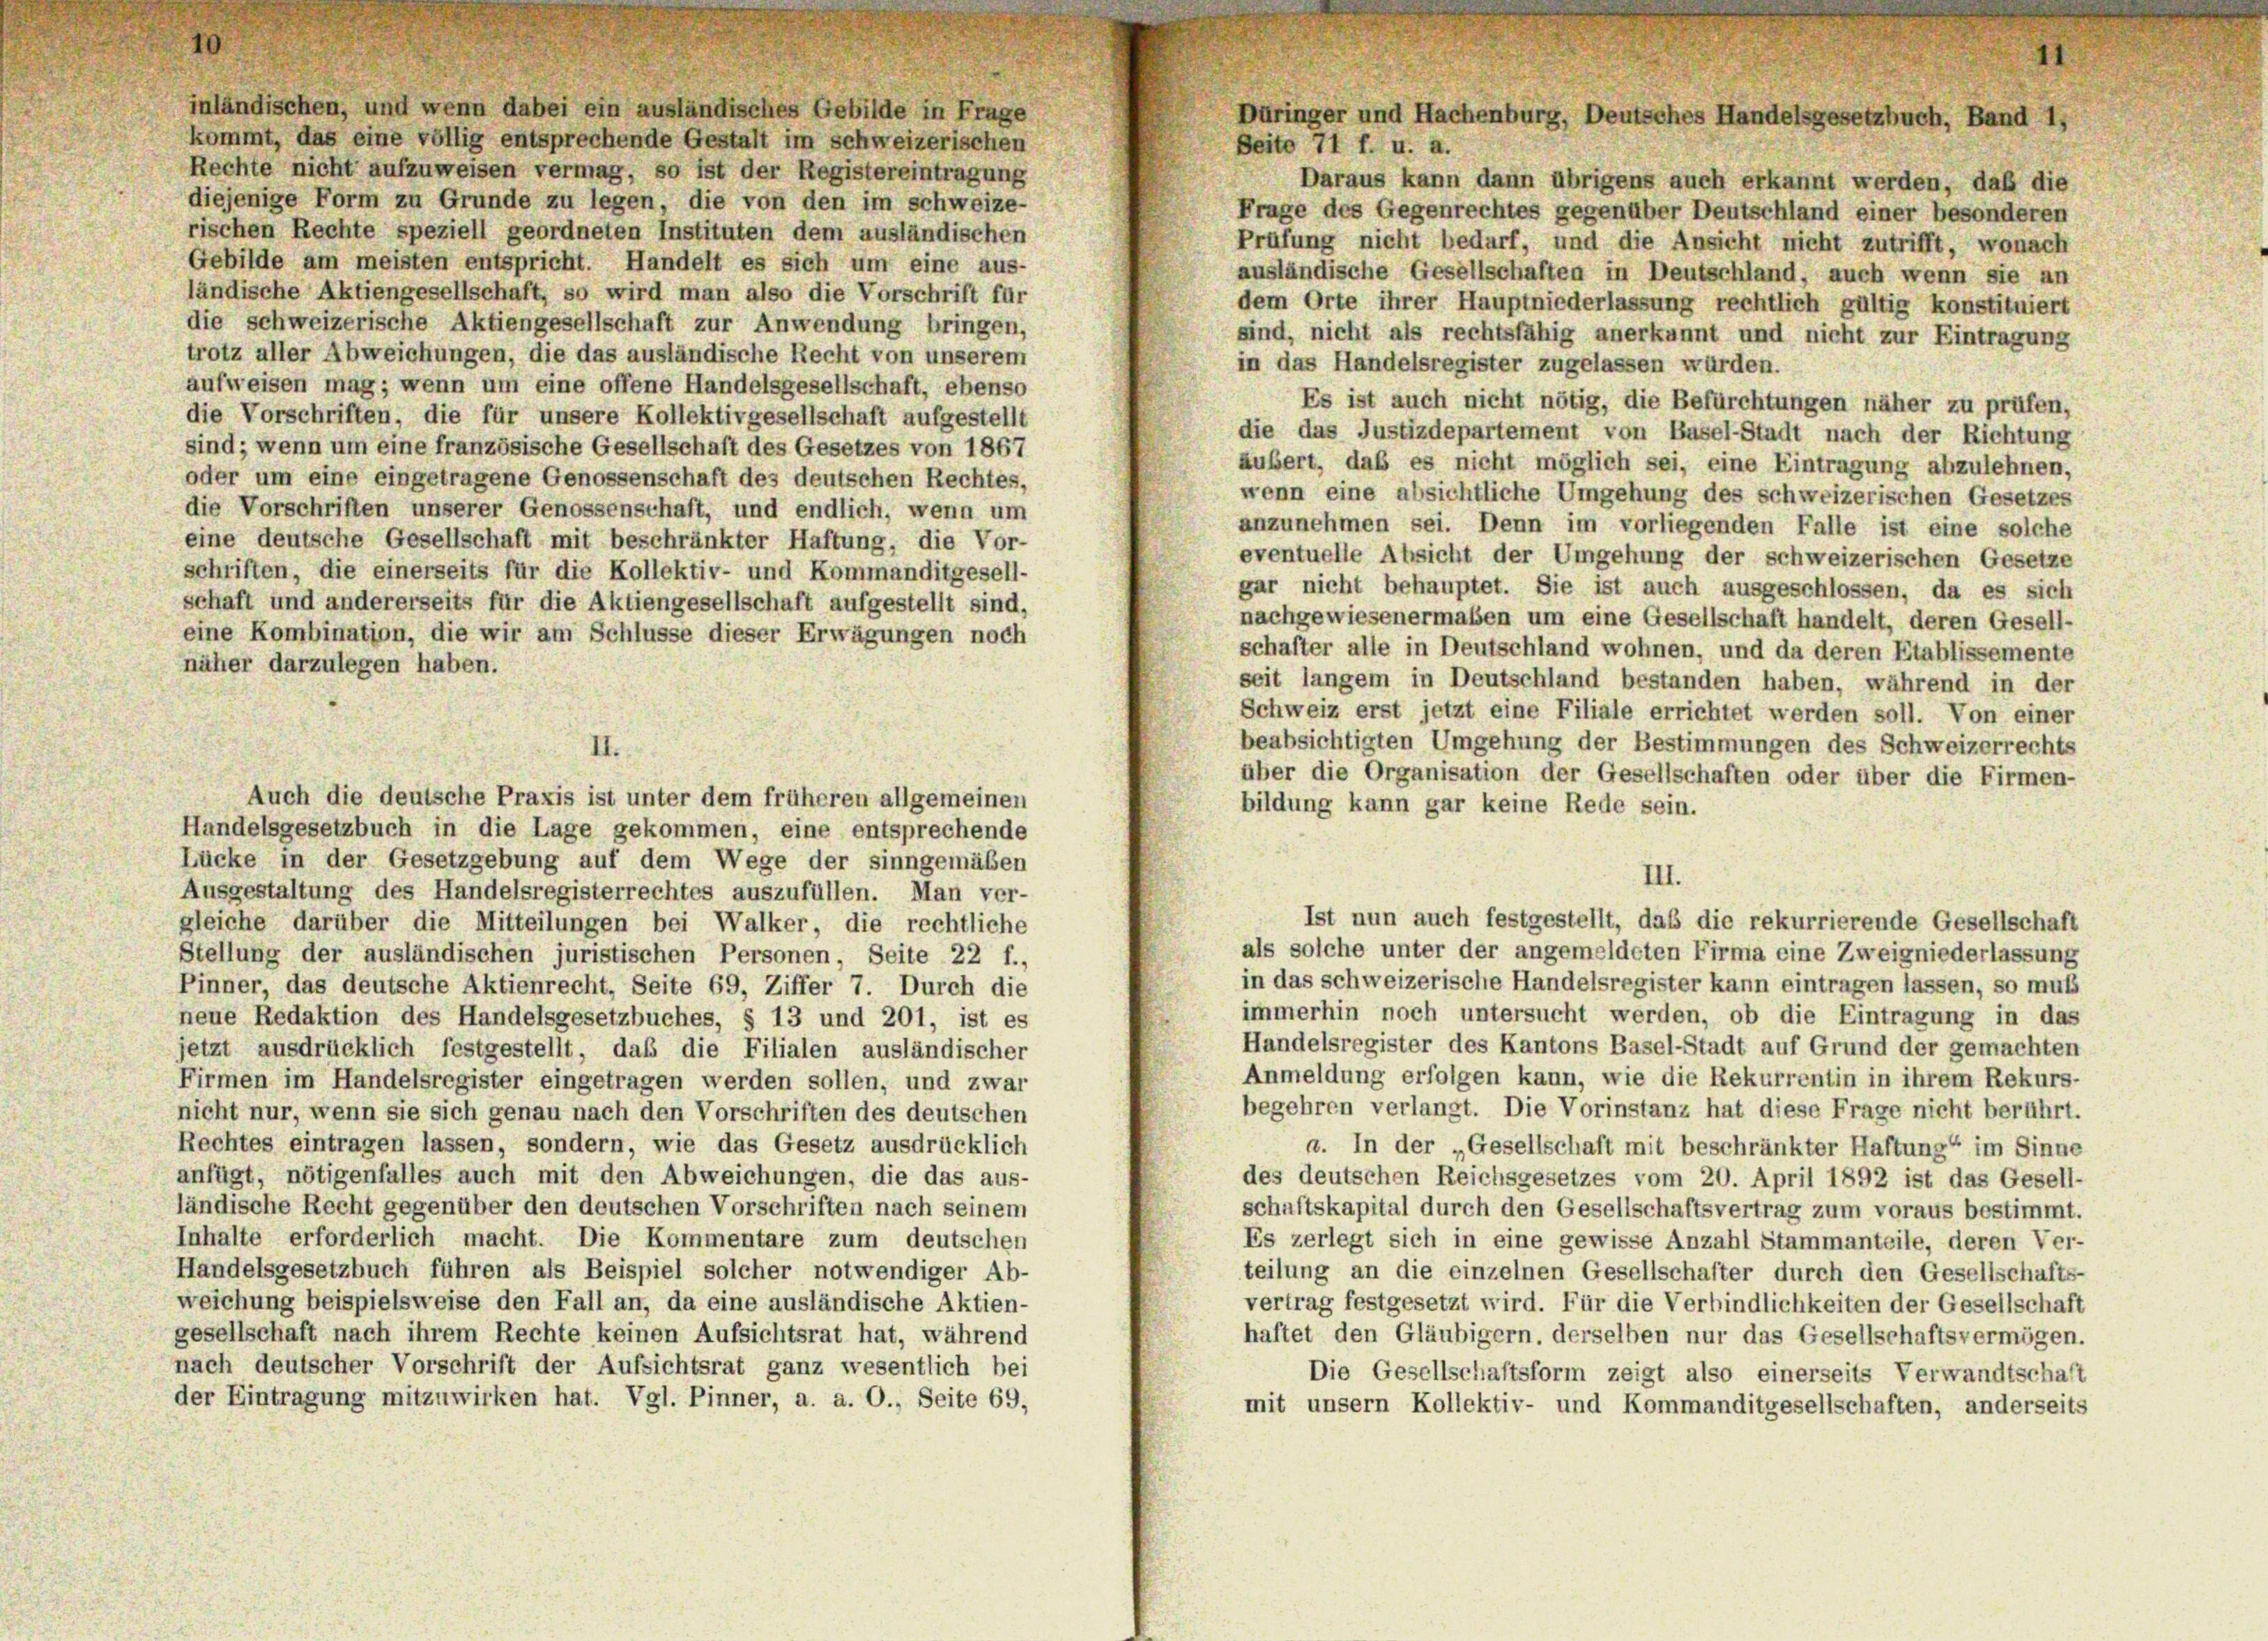
inländischen, und wenn dabei ein ausländisches Gebilde in Frage
kommt, das eine völlig entsprechende Gestalt im schweizerischen
Rechte nicht aufzuweisen vermag, so ist der Registereintragung
Daraus kann dann übrigens auch erkannt werden, daß die
diejenige Form zu Grunde zu legen, die von den im schweize-
Frage des Gegenrechtes gegenüber Deutschland einer besonderen
rischen Rechte speziell geordneten Instituten dem ausländischen
Prüfung nicht bedarf, und die Ansicht nicht zutrifft, wonach
Gebilde am meisten entspricht. Handelt es sich um eine aus-
ausländische Gesellschaften in Deutschland, auch wenn sie an
ländische Aktiengesellschaft, so wird man also die Vorschrift für
dem Orte ihrer Hauptniederlassung rechtlich gültig konstituiert
die schweizerische Aktiengesellschaft zur Anwendung bringen,
sind, nicht als rechtsfähig anerkannt und nicht zur Eintragung
trotz aller Abweichungen, die das ausländische Recht von unserem
in das Handelsregister zugelassen würden.
aufweisen mag; wenn um eine offene Handelsgesellschaft, ebenso
Es ist auch nicht nötig, die Befürchtungen näher zu prüfen,
die Vorschriften, die für unsere Kollektivgesellschaft aufgestellt
die das Justizdepartement von Basel-Stadt nach der Richtung
sind; wenn um eine französische Gesellschaft des Gesetzes von 1867
äubert, daß es nicht möglich sei, eine Eintragung abzulehnen,
oder um eine eingetragene Genossenschaft des deutschen Rechtes,
wenn eine absichtliche Umgehung des schweizerischen Gesetzes
die Vorschriften unserer Genossenschaft, und endlich, wenn um
anzunehmen sei. Denn im vorliegenden Falle ist eine solche
eine deutsche Gesellschaft mit beschränkter Haftung, die Vor-
eventuelle Absicht der Umgehung der schweizerischen Gesetze
schriften, die einerseits für die Kollektiv- und Kommanditgesell-
gar nicht behauptet. Sie ist auch ausgeschlossen, da es sich
schaft und andererseits für die Aktiengesellschaft aufgestellt sind,
nachgewiesenermaßen um eine Gesellschaft handelt, deren Gesell-
eine Kombination, die wir am Schlüsse dieser Erwägungen noch
schafter alle in Deutschland wohnen, und da deren Etablissemente
näher darzulegen haben.
seit langem in Deutschland bestanden haben, während in der
Schweiz erst jetzt eine Filiale errichtet werden soll. Von einer
beabsichtigten Umgehung der Bestimmungen des Schweizerrechts
über die Organisation der Gesellschaften oder über die Firmen-
Auch die deutsche Praxis ist unter dem früheren allgemeinen
bildung kann gar keine Rede sein.
Handelsgesetzbuch in die Lage gekommen, eine entsprechende
Lücke in der Gesetzgebung auf dem Wege der sinngemäßen
III.
Ausgestaltung des Handelsregisterrechtes auszufüllen. Man ver-
Ist nun auch festgestellt, daß die rekurrierende Gesellschaft
gleiche darüber die Mitteilungen bei Walker, die rechtliche
als solche unter der angemeldeten Firma eine Zweigniederlassung
Stellung der ausländischen juristischen Personen, Seite 22 f.,
in das schweizerische Handelsregister kann eintragen lassen, so muß
Pinner, das deutsche Aktienrecht, Seite 69, Ziffer 7. Durch die
immerhin noch untersucht werden, ob die Eintragung in das
neue Redaktion des Handelsgesetzbuches, § 13 und 201, ist es
Handelsregister des Kantons Basel-Stadt auf Grund der gemachten
etzt ausdrücklich festgestellt, daß die Filialen ausländischer
Anmeldung erfolgen kann, wie die Rekurrentin in ihrem Rekurs-
Firmen im Handelsregister eingetragen werden sollen, und zwar
begehren verlangt. Die Vorinstanz hat diese Frage nicht berührt.
nicht nur, wenn sie sich genau nach den Vorschriften des deutschen
Rechtes eintragen lassen, sondern, wie das Gesetz ausdrücklich
a. In der „Gesellschaft mit beschränkter Haftung“ im Sinne
anfügt, nötigenfalles auch mit den Abweichungen, die das aus-
des deutschen Reichsgesetzes vom 20. April 1892 ist das Gesell-
ländische Recht gegenüber den deutschen Vorschriften nach seinem
schaftskapital durch den Gesellschaftsvertrag zum voraus bestimmt.
Inhalte erforderlich macht. Die Kommentare zum deutschen
Es zerlegt sich in eine gewisse Anzahl Stammanteile, deren Ver-
Handelsgesetzbuch führen als Beispiel solcher notwendiger Ab-
teilung an die einzelnen Gesellschafter durch den Gesellschafts-
weichung beispielsweise den Fall an, da eine ausländische Aktien-
vertrag festgesetzt wird. Für die Verbindlichkeiten der Gesellschaft
gesellschaft nach ihrem Rechte keinen Aufsichtsrat hat, während
haftet den Gläubigern, derselben nur das Gesellschaftsvermögen.
nach deutscher Vorschrift der Aufsichtsrat ganz wesentlich bei
Die Gesellschaftsform zeigt also einerseits Verwandtschaft
der Eintragung mitzuwirken hat. Vgl. Pinner, a. a. O., Seite 69,
mit unsern Kollektiv- und Kommanditgesellschaften, anderseits

11.

Düringer und Hachenburg, Deutsches Handelsgesetzbuch, Band 1,
Seite 71 f. u. a.